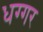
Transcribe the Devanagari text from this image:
धग्गर